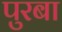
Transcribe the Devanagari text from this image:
पुरबा